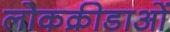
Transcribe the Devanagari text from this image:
लोकक्रीडाओं